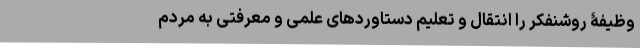
وظیفۀ روشنفکر را انتقال و تعلیم دستاوردهای علمی و معرفتی به مردم